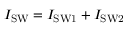
I _ { \mathrm { S W } } = I _ { \mathrm { S W 1 } } + I _ { \mathrm { S W 2 } }